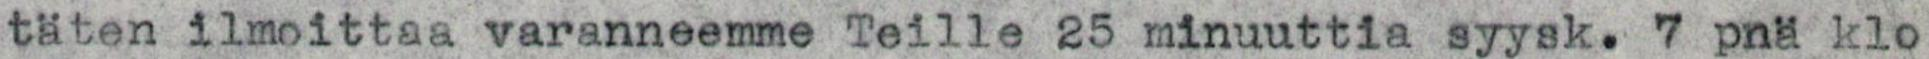
täten ilmoittaa varanneemme Teille 25 minuuttia syysk. 7 pnä klo